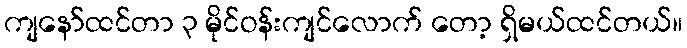
ကျနော်ထင်တာ ၃ မိုင်ဝန်းကျင်လောက် တော့ ရှိမယ်ထင်တယ်။